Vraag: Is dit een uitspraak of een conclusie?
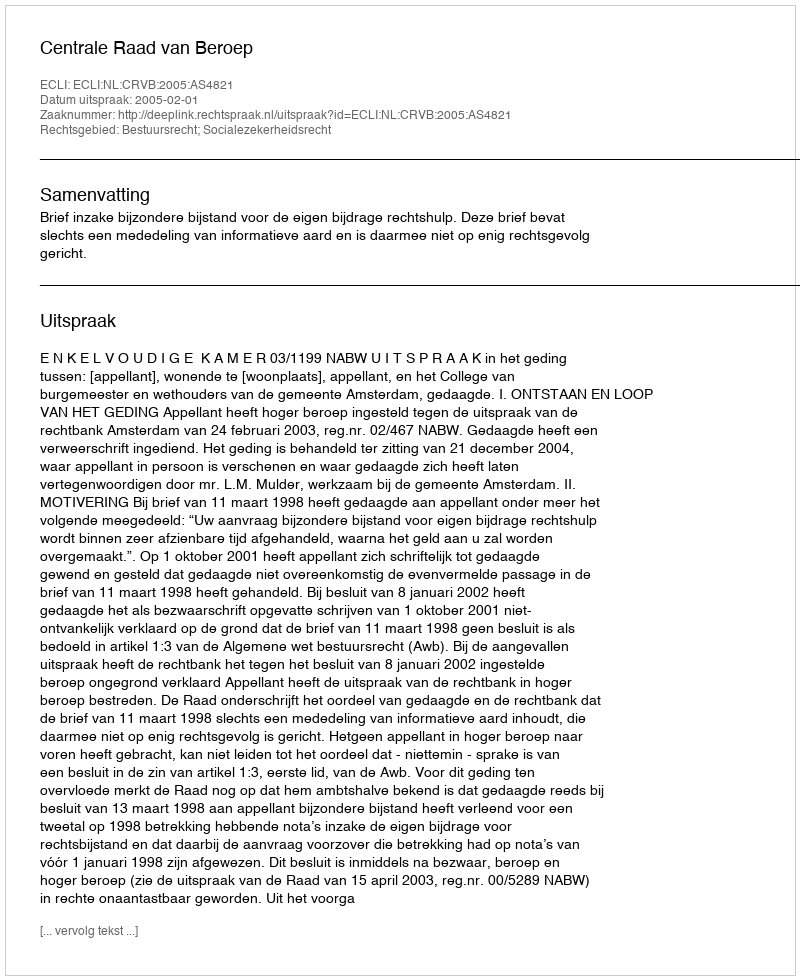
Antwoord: Uitspraak